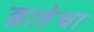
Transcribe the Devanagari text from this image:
ब्राहेचा